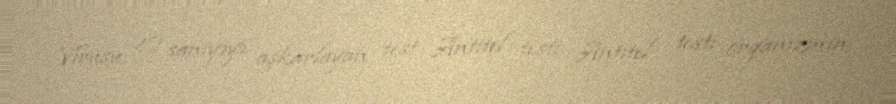
Virusu 20 saniyəyə aşkarlayan test Antitel testi Antitel testi orqanizmin